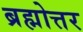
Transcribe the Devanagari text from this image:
ब्रह्मोत्तर